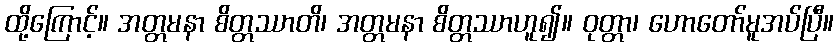
ထို့ကြောင့်။ အတ္တမနာ စိတ္တဿာတိ၊ အတ္တမနာ စိတ္တဿာဟူ၍။ ဝုတ္တာ၊ ဟောတော်မူအပ်ပြီ။